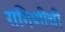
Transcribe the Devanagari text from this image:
रागिणीची